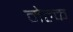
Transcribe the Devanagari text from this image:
मेल्क